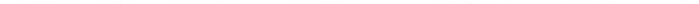
___